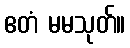
ဧတံ မမသုတ်။